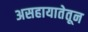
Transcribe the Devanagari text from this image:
असहायातेतून